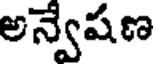
అన్వేషణ